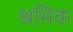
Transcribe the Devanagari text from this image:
श्रमिक